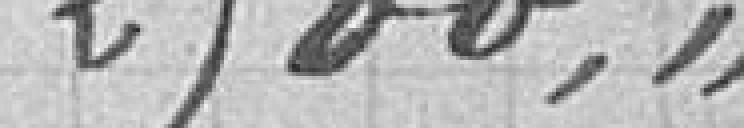
2500,00